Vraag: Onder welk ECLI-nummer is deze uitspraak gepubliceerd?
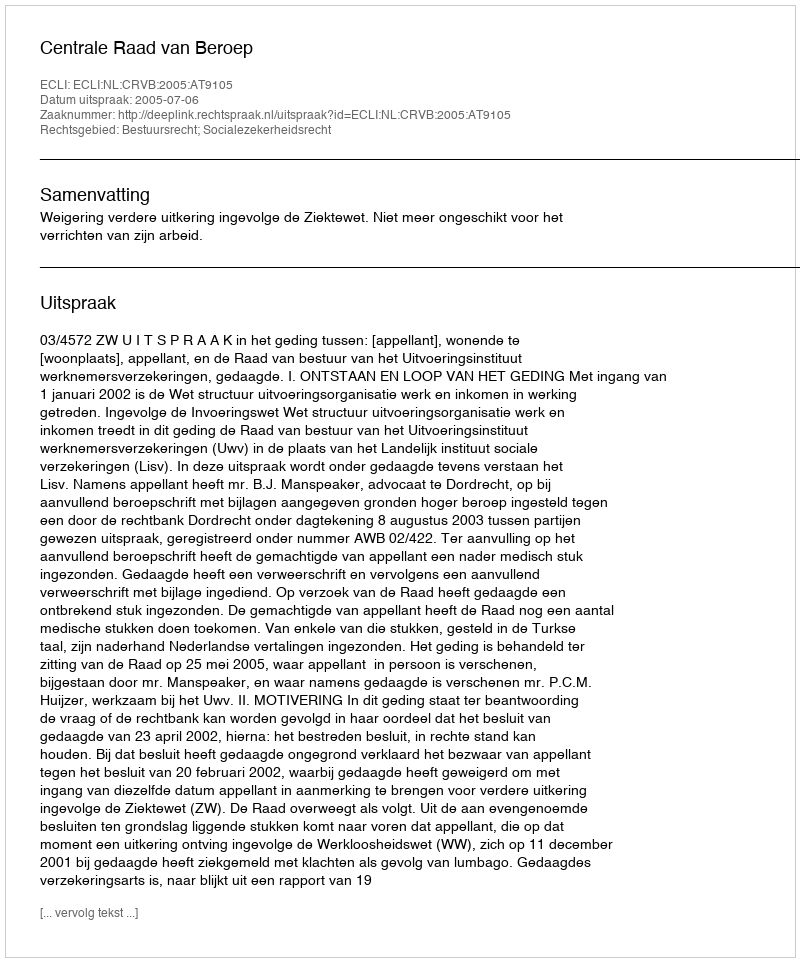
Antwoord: ECLI:NL:CRVB:2005:AT9105